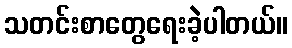
သတင်းစာတွေရေးခဲ့ပါတယ်။